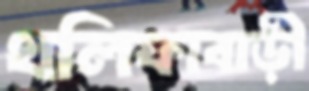
খলিফাবাড়ী